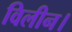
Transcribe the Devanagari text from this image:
विलीन।